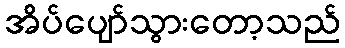
အိပ်ပျော်သွားတော့သည်